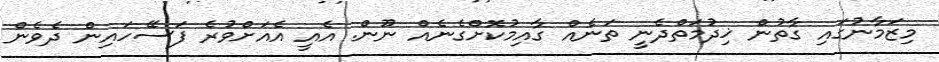
މިޒަމާނުގައި ގާތުން ޚިދުމަތްދެނީ ތަނެއް ގާއިމުކޮށްގެނެއް ނޫން. އެއީ އެއަށްވުރެ ފަސޭހައިން ދެވެން